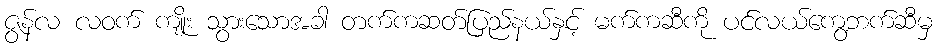
ဇွန်လ လဝက် ကျိုး သွားသောအခါ တက်ကဆတ်ပြည်နယ်နှင့် မက်ကဆီကို ပင်လယ်ကွေ့ဘက်ဆီမှ